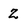
Character: Z